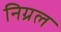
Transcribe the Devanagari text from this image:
निग्रल